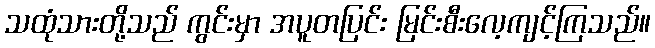
သထုံသားတို့သည် ကွင်းမှာ အပူတပြင်း မြင်းစီးလေ့ကျင့်ကြသည်။